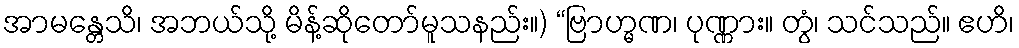
အာမန္တေသိ၊ အဘယ်သို့ မိန့်ဆိုတော်မူသနည်း။) “ဗြာဟ္မဏ၊ ပုဏ္ဏား။ တွံ၊ သင်သည်။ ဧဟိ၊